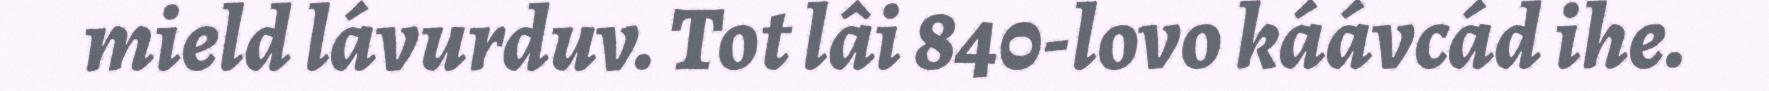
mield lávurduv. Tot lâi 840-lovo káávcád ihe.